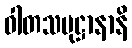
ဝါတသမုဋ္ဌာနာနိ